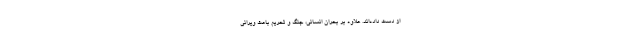
از دست داده‌اند. علاوه بر بحران انسانی، جنگ و تحریم‌ باعث ویرانی